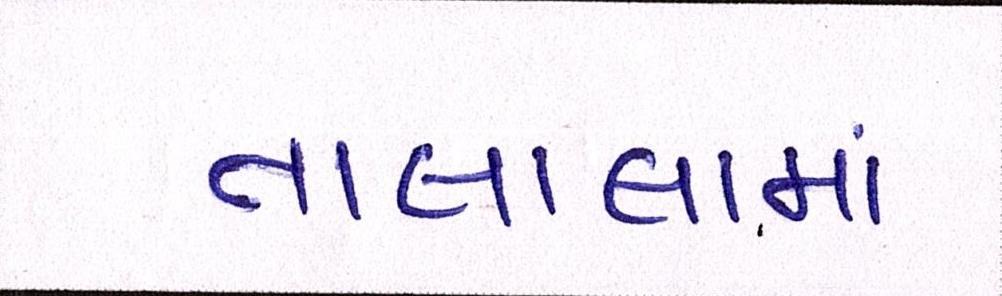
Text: તાલાલામાં